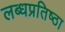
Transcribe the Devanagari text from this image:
लब्धप्रतिष्ठा